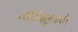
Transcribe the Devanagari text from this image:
कोईम्बतूरपर्यंत